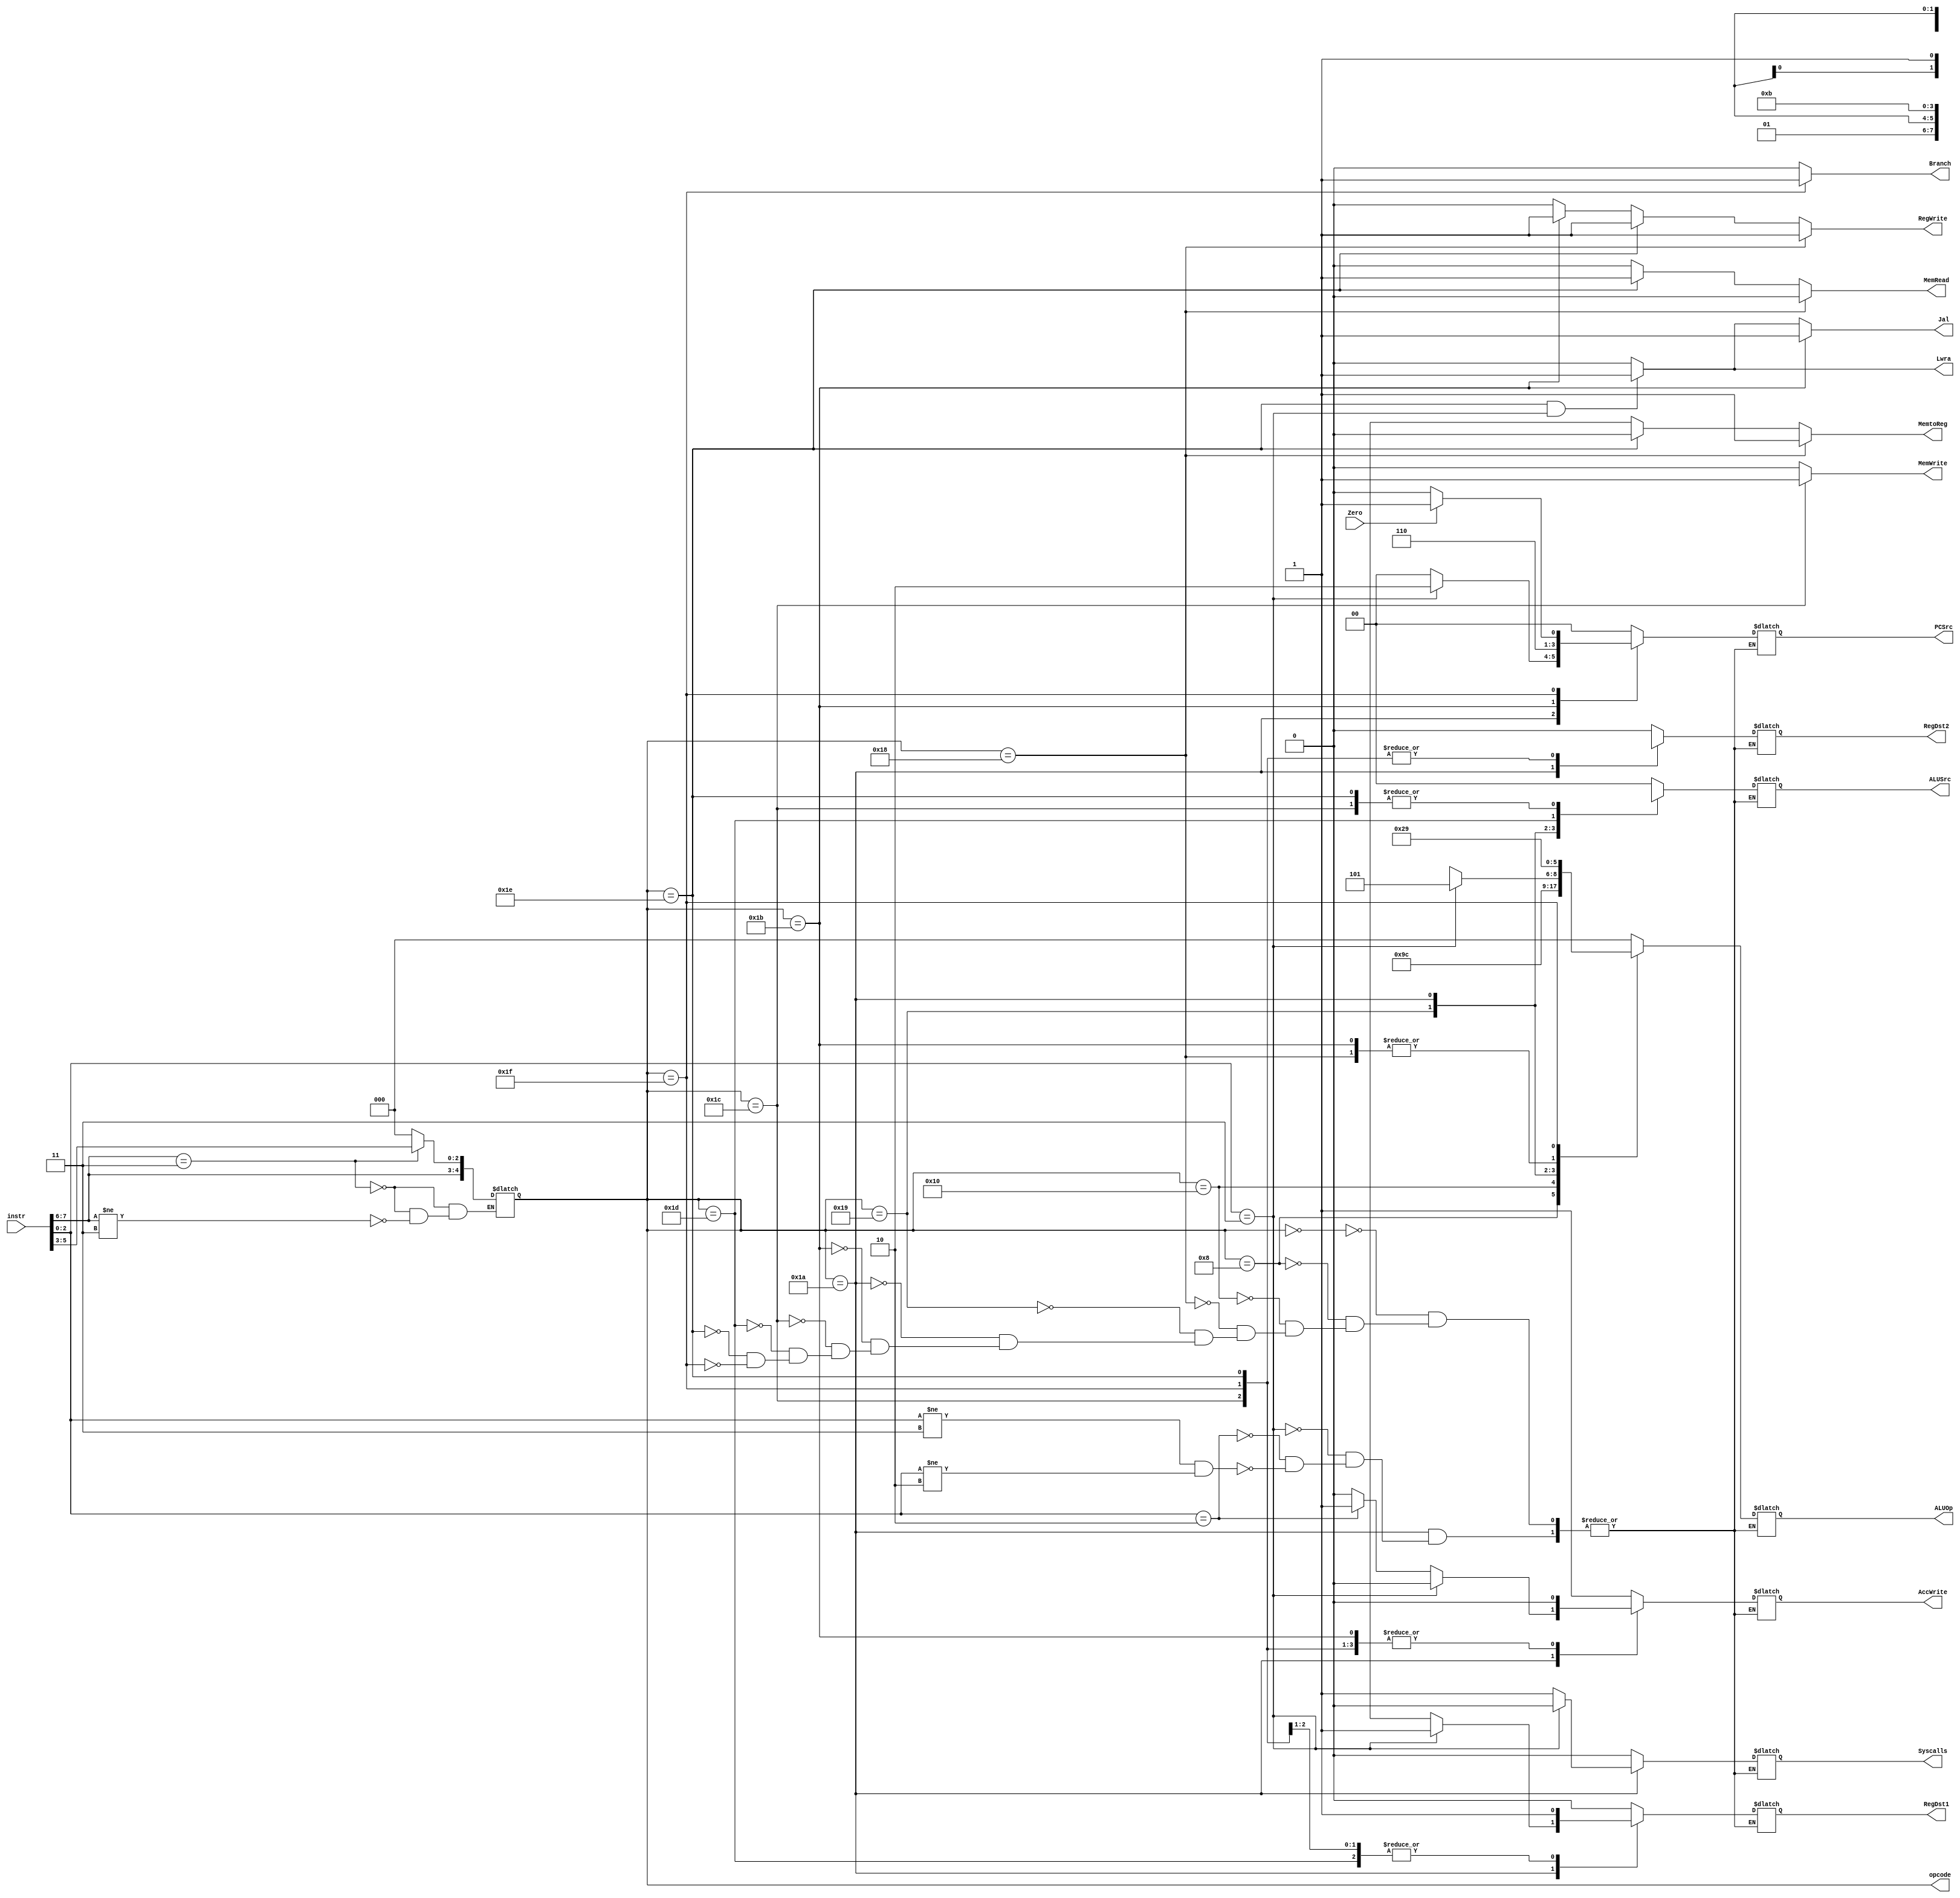
module control
	(input [15:0] instr,   //the control takes in the full instruction...
	output [1:0] PCSrc,
	output RegDst1,
	output RegDst2,
	output [1:0] ALUSrc, 
	output AccWrite,
	output MemtoReg,
	output [2:0] ALUOp,      //and outputs all the control lines
	output RegWrite,
	output MemRead,
	output MemWrite,
	output Branch,
	output Jal,
	output Lwra,
	output Syscalls,
	output [4:0] opcode,
	input Zero);           //to determine if beq branches or not (important for PCSrc cntrl line)

	reg [4:0] opcode ;
	reg [1:0] PCSrc;
	reg RegDst1;
	reg RegDst2;
	reg [1:0] ALUSrc; 
	reg AccWrite;
	reg MemtoReg;
	reg [2:0] ALUOp;
	reg RegWrite;
	reg MemRead;
	reg MemWrite;
	reg Branch;
	reg Jal;
	reg Lwra;
	reg Syscalls;
	wire Zero;
	wire [15:0] instr;

	always @ (*) begin   //start by determining the opcode
		
		if (instr [7:6] == 2'b11)       //if the two msb of low byte are 11, it's a two line instr and
			opcode [4:0] = instr [7:3];   //opcode is the five msb of low byte   
		
		else if (instr [7:6] != 2'b11)           //if the two msb of low byte are not  11, it's a one line instr and
			opcode [4:0] = {instr[7:6],3'b000};	 //opcode is the two msb of low byte followed by three 0's, keeps uniform opcode length of 5 bits
		end


	always @ (*) begin
		case (opcode [4:0])   //case switch statement based on opcode
		
			5'b00000:    //add
	    		
	    		begin
					PCSrc<=2'b00;   RegDst1<=0;      RegDst2<=0;      ALUSrc<=2'b00;   AccWrite<=1;   ALUOp<=3'b000; Syscalls <=0; 	
					end		
			
			5'b01000:     //nand
				
				begin
					PCSrc<=2'b00;   RegDst1<=0;      RegDst2<=0;      ALUSrc<=2'b00;   AccWrite<=1;   ALUOp<=3'b010; Syscalls <=0; 
					end
			
			5'b10000:     //slt
				
				begin
					PCSrc<=2'b00;   RegDst1<=0;      RegDst2<=0;      ALUSrc<=2'b00;   AccWrite<=1;   ALUOp<=3'b011; Syscalls <=0; 
					end	
		
			5'b11000:   //move
				
				begin
				 	PCSrc<=2'b00;   RegDst1<=1'bx;   RegDst2<=1'bx;   ALUSrc<=2'bxx;   AccWrite<=0;   ALUOp<=3'b101; Syscalls <=0; 
					end	
			
			5'b11001:   //srl
				
				begin
					PCSrc<=2'b00;   RegDst1<=1'bx;   RegDst2<=1'bx;   ALUSrc<=2'b01;   AccWrite<=1;   ALUOp<=3'b100; Syscalls <=0; 
					end	
			
			5'b11010:   
				
				if (instr [2:0] == 3'b011) begin    //jrra
					Syscalls <=0; 
					PCSrc<=2'b10;   RegDst1<=1;      RegDst2<=1'bx;   ALUSrc<=2'bxx;   AccWrite<=0;   ALUOp<=3'b101;
					end	
				else if (instr [2:0] == 3'b010) begin     //jr somethingelse = syscall
					Syscalls <=1; 
					PCSrc<=2'b00;   RegDst1<=1'bx;      RegDst2<=1'bx;   ALUSrc<=2'bxx;   AccWrite<=1;   ALUOp<=3'bxxx;
					end
				else if (instr [2:0] != 3'b011 && instr [2:0] != 3'b010) begin
					Syscalls <=1; 
					PCSrc<=2'b00;   RegDst1<=1'bx;      RegDst2<=1'bx;   ALUSrc<=2'bxx;   AccWrite<=0;   ALUOp<=3'bxxx;
					end
			
			5'b11011:   //jal
				
				begin
					PCSrc<=2'b11;   RegDst1<=1'bx;   RegDst2<=1'bx;   ALUSrc<=2'bxx;   AccWrite<=0;   ALUOp<=3'b101; Syscalls <=0; 
					end	
			
			5'b11100:   //sw
				
				begin
					PCSrc<=2'b00;   RegDst1<=1;      RegDst2<=1;      ALUSrc<=2'b11;   AccWrite<=0;   ALUOp<=3'b000; Syscalls <=0; 
					end	
			
			5'b11101:   //addi
				
				begin
					PCSrc<=2'b00;   RegDst1<=1;      RegDst2<=1'bx;   ALUSrc<=2'b10;   AccWrite<=1;   ALUOp<=3'b000; Syscalls <=0; 
					end	 
			
			5'b11110:     //lw
				
				begin
					PCSrc<=2'b00;   RegDst1<=1'bx;   RegDst2<=1;      ALUSrc<=2'b11;   AccWrite<=0;   ALUOp<=3'b000; Syscalls <=0; 
					end	
			
			5'b11111:    //beq
				
				if (Zero == 1) begin
					PCSrc<=2'b01;   RegDst1<=1;      RegDst2<=1;      ALUSrc<=2'b00;   AccWrite<=0;   ALUOp<=3'b001; Syscalls <=0; 
					end
				else begin
					PCSrc<=2'b00;   RegDst1<=1;      RegDst2<=1;      ALUSrc<=2'b00;   AccWrite<=0;   ALUOp<=3'b001; Syscalls <=0; 
					end 
				endcase 
		end


	always @ (*) 
		if (opcode[4:0]==5'b11011) begin     //if jal
			Jal <= 1;
			end
		else if (opcode[4:0]==5'b11110 && instr [2:0] == 3'b011) begin    //if lw and reg is $ra
			Jal <=1;
			end
		else begin 
			Jal <=0;
			end

	always @ (*) begin
		if (opcode[4:0]==5'b11111 )   //if beq
			 Branch <= 1;
		else 
			Branch<=0;
			end

	always @ (*) begin
		if (opcode[4:0]==5'b11100)    //if sw
			MemWrite <= 1;
		else  
			MemWrite <=0;
			end
	
	always @ (*) begin
		if (opcode[4:0]==5'b11110 && instr [2:0] == 3'b011)    //if lw and reg is $ra
			Lwra <=1;
		else  
			Lwra <=0;
		end

	always @ (*) 
		if (opcode [4:0]==5'b11000)  begin   //if move  
			RegWrite <= 1;
			MemtoReg <= 1;
			MemRead <= 0;
			end
		else if (opcode[4:0]==5'b11110)  begin  //if lw
		 	RegWrite <= 1;
		 	MemtoReg <= 0;
		 	MemRead <= 1;
		 	end
		 else if (opcode[4:0]==5'b11011)  begin  //if jal need to wright next address llower 8 bits into $ra8
		 	RegWrite <= 1;
		 	MemtoReg <= 1'bx;
		 	MemRead <= 0;
		 	end
		else begin
			RegWrite <= 0;
			MemRead <= 0;
			MemtoReg <= 1'bx;
		end


endmodule